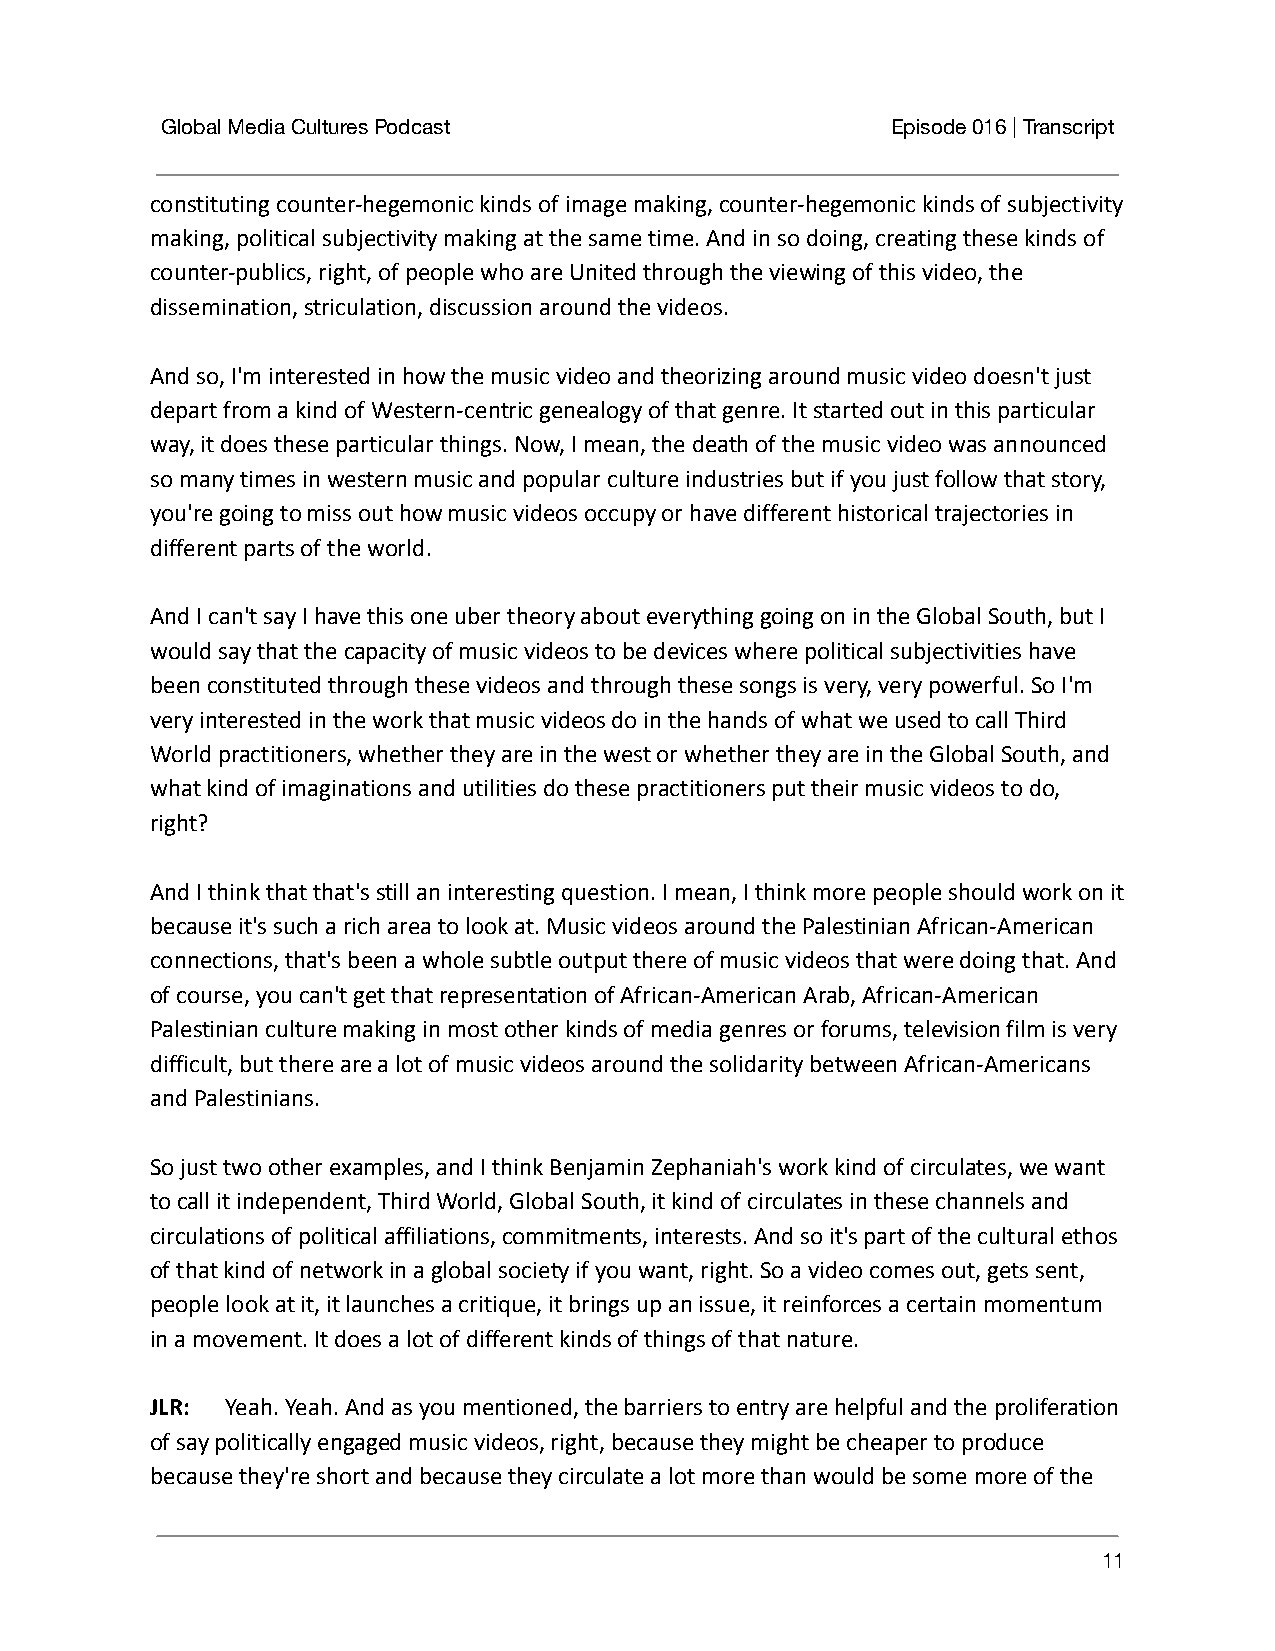
Global Media Cultures Podcast                   Episode 016 | Transcript
 constituting counter-hegemonic kinds of image making, counter-hegemonic kinds of subjectivity
 making, political subjectivity making at the same time. And in so doing, creating these kinds of
 counter-publics, right, of people who are United through the viewing of this video, the
 dissemination, striculation, discussion around the videos.
 And so, I'm interested in how the music video and theorizing around music video doesn't just
 depart from a kind of Western-centric genealogy of that genre. It started out in this particular
 way, it does these particular things. Now, I mean, the death of the music video was announced
 so many times in western music and popular culture industries but if you just follow that story,
 you're going to miss out how music videos occupy or have different historical trajectories in
 different parts of the world.
 And I can't say I have this one uber theory about everything going on in the Global South, but I
 would say that the capacity of music videos to be devices where political subjectivities have
 been constituted through these videos and through these songs is very, very powerful. So I'm
 very interested in the work that music videos do in the hands of what we used to call Third
 World practitioners, whether they are in the west or whether they are in the Global South, and
 what kind of imaginations and utilities do these practitioners put their music videos to do,
 right?
 And I think that that's still an interesting question. I mean, I think more people should work on it
 because it's such a rich area to look at. Music videos around the Palestinian African-American
 connections, that's been a whole subtle output there of music videos that were doing that. And
 of course, you can't get that representation of African-American Arab, African-American
 Palestinian culture making in most other kinds of media genres or forums, television film is very
 difficult, but there are a lot of music videos around the solidarity between African-Americans
 and Palestinians.
 So just two other examples, and I think Benjamin Zephaniah's work kind of circulates, we want
 to call it independent, Third World, Global South, it kind of circulates in these channels and
 circulations of political affiliations, commitments, interests. And so it's part of the cultural ethos
 of that kind of network in a global society if you want, right. So a video comes out, gets sent,
 people look at it, it launches a critique, it brings up an issue, it reinforces a certain momentum
 in a movement. It does a lot of different kinds of things of that nature.
 JLR: Yeah. Yeah. And as you mentioned, the barriersto entry are helpful and the proliferation
 of say politically engaged music videos, right, because they might be cheaper to produce
 because they're short and because they circulate a lot more than would be some more of the
 11